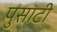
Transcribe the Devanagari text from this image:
पुसाटी